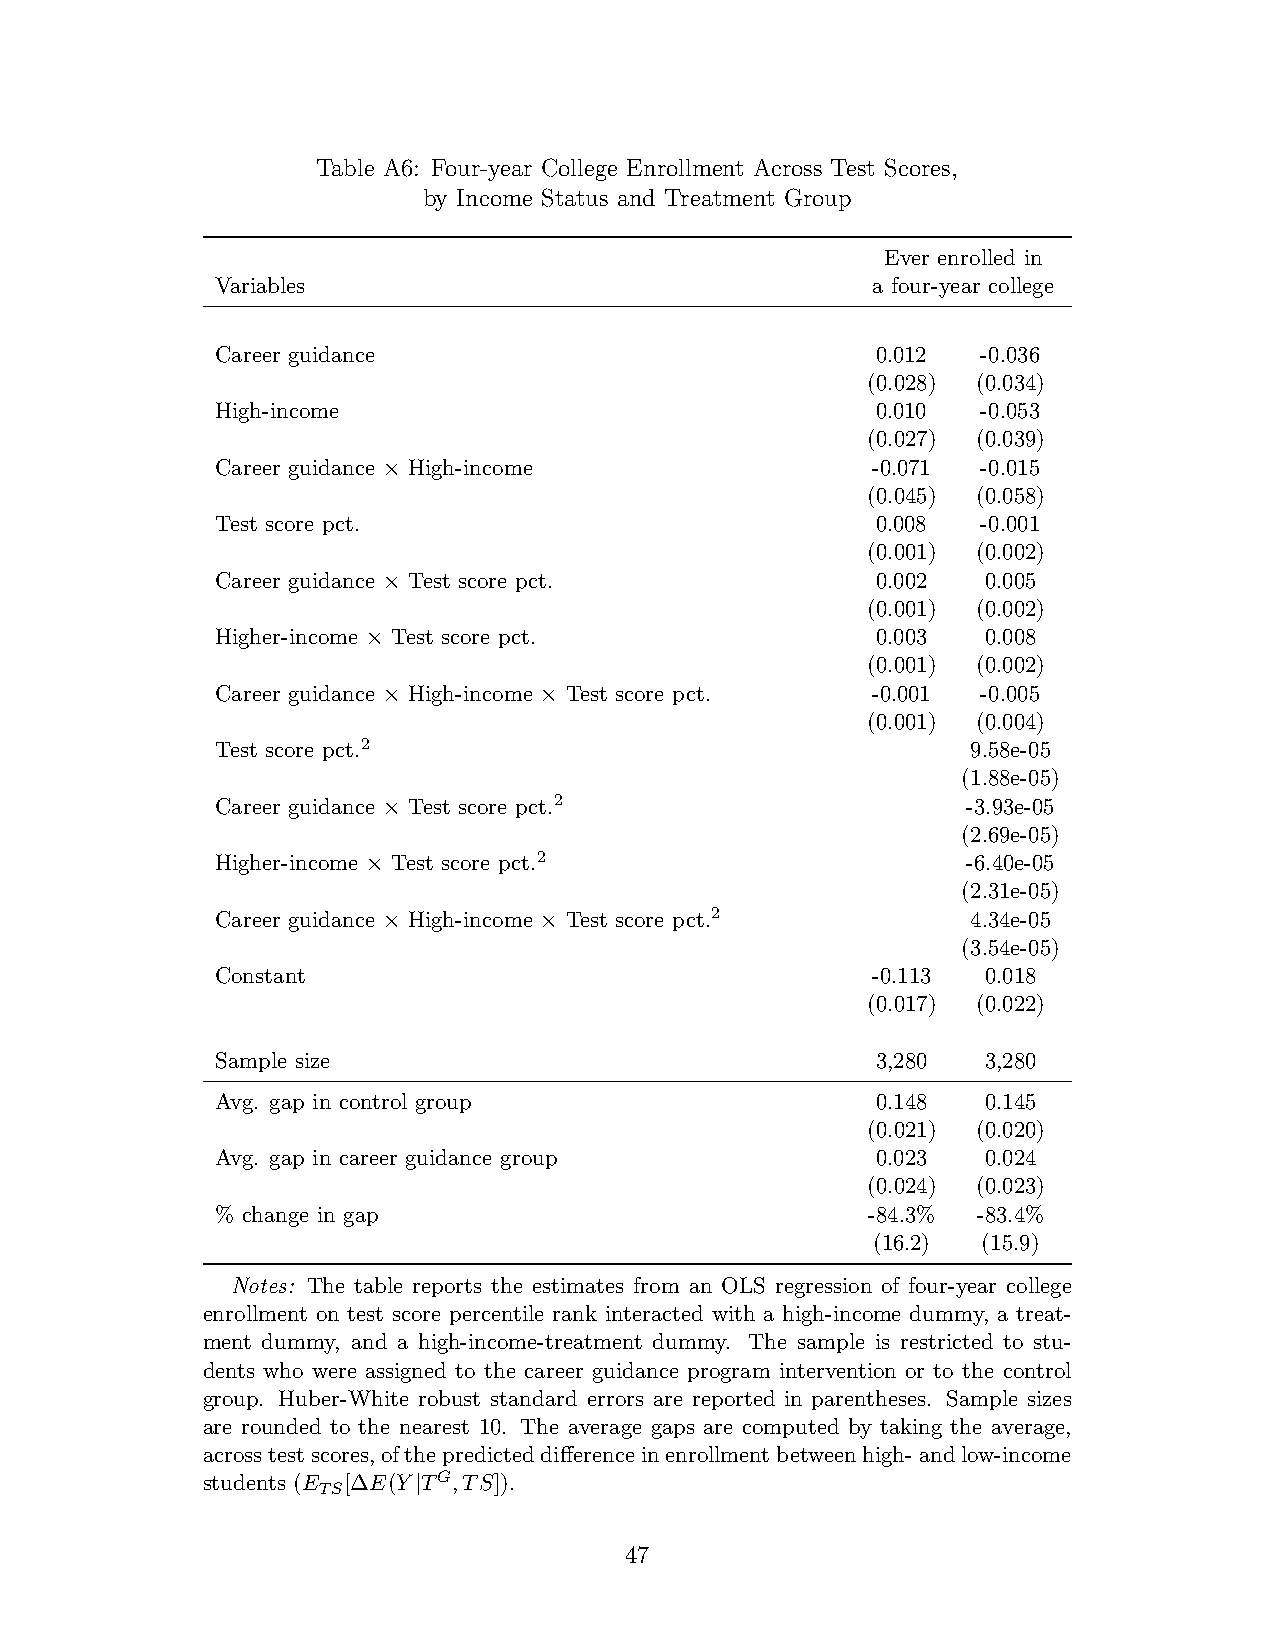
Table A6: Four-year College Enrollment Across Test Scores,
 by Income Status and Treatment Group
 Ever enrolled in
 Variables                                   a four-year college
 Career guidance                             0.012  -0.036
 (0.028) (0.034)
 High-income                                 0.010  -0.053
 (0.027) (0.039)
 Career guidance × High-income               -0.071 -0.015
 (0.045) (0.058)
 Test score pct.                             0.008  -0.001
 (0.001) (0.002)
 Career guidance × Test score pct.           0.002  0.005
 (0.001) (0.002)
 Higher-income × Test score pct.             0.003  0.008
 (0.001) (0.002)
 Career guidance × High-income × Test score pct. -0.001 -0.005
 (0.001) (0.004)
 Test score pct.2                                  9.58e-05
 (1.88e-05)
 Career guidance × Test score pct.2                -3.93e-05
 (2.69e-05)
 Higher-income × Test score pct.2                  -6.40e-05
 (2.31e-05)
 Career guidance × High-income × Test score pct.2  4.34e-05
 (3.54e-05)
 Constant                                    -0.113 0.018
 (0.017) (0.022)
 Sample size                                 3,280  3,280
 Avg. gap in control group                   0.148  0.145
 (0.021) (0.020)
 Avg. gap in career guidance group           0.023  0.024
 (0.024) (0.023)
 % change in gap                            -84.3%  -83.4%
 (16.2) (15.9)
 Notes: The table reports the estimates from an OLS regression of four-year college
 enrollment on test score percentile rank interacted with a high-income dummy, a treat-
 ment dummy, and a high-income-treatment dummy. The sample is restricted to stu-
 dents who were assigned to the career guidance program intervention or to the control
 group. Huber-White robust standard errors are reported in parentheses. Sample sizes
 are rounded to the nearest 10. The average gaps are computed by taking the average,
 acrosstestscores,ofthepredicteddifferenceinenrollmentbetweenhigh-andlow-income
 students (E [∆E(Y|TG,TS]).
 TS
 47